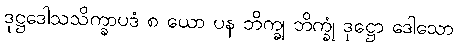
ဒုဋ္ဌဒေါသသိက္ခာပဒံ ၈ ယော ပန ဘိက္ခု ဘိက္ခုံ ဒုဋ္ဌော ဒေါသော